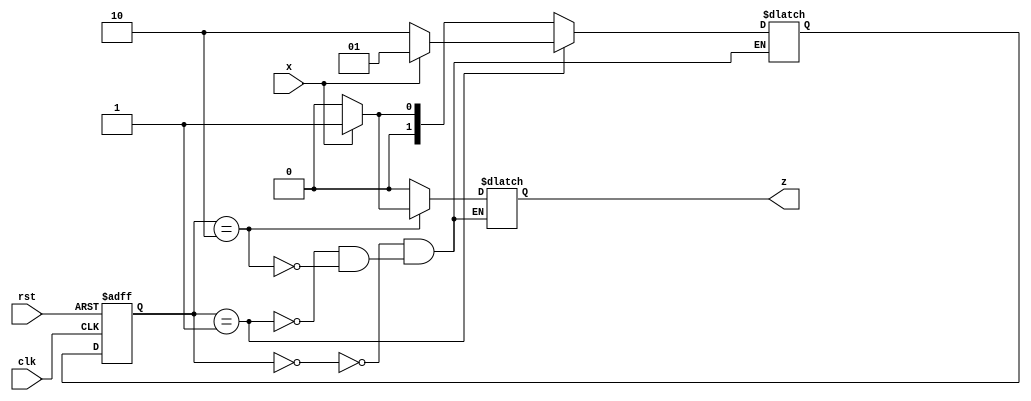
module SequenceDetecor(clk, rst, x, z);
input clk, rst, x;
output reg z;

reg [1:0] state, nextstate;


always@(x or state)
begin
    case (state)
        0: begin if (x == 1) begin 
             nextstate = 2'b01;
             z = 0;
             end
             else begin
             nextstate = 2'b00;
             z = 0;
             end
        end
        1: begin if (x == 1) begin
             nextstate = 2'b01;
             z = 0;
             end
             else begin
             nextstate = 2'b10;
             z = 0;
             end
        end
        2: begin if (x == 1) begin
             nextstate = 2'b01;
             z = 1;
             end
             else begin
             nextstate = 2'b00;
             z = 0;
             end
        end
    endcase
end

always@ (posedge(clk) or posedge (rst))
begin
    if (rst == 1) 
        state <= 2'b00;
    else
        state <= nextstate;
end

endmodule